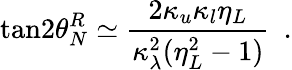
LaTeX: \mathrm{tan}2\theta_{N}^{R}\simeq{\frac{2\kappa_{u}\kappa_{l}\eta_{L}}{\kappa_{\lambda}^{2}(\eta_{L}^{2}-1)}}~~.